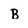
Character: B